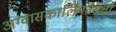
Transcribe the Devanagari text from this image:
अग्वासकालियंतेसची